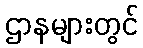
ဌာနများတွင်